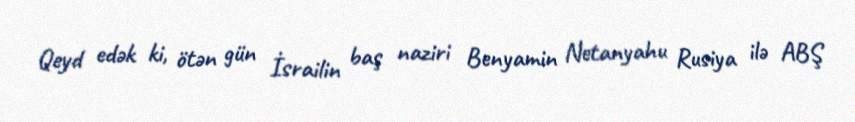
Qeyd edək ki, ötən gün İsrailin baş naziri Benyamin Netanyahu Rusiya ilə ABŞ